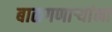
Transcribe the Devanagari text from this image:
बाळगणाऱ्यांना